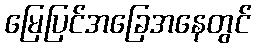
မြေပြင်အခြေအနေတွင်